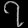
Digit: ၇